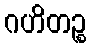
ဂဟိတဉ္စ